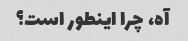
آه، چرا اینطور است؟